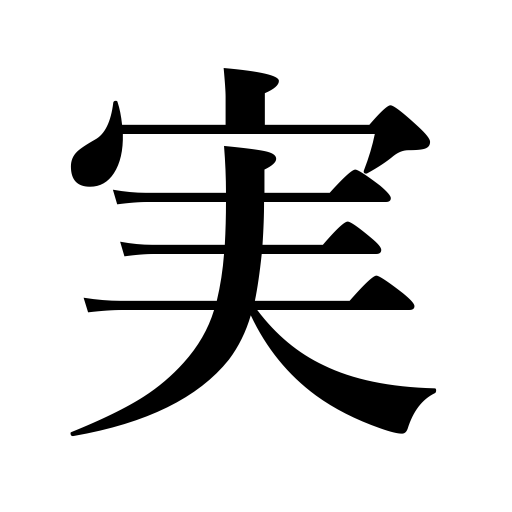
Meanings: kindness,seed,berry,nut,soup stock,essence,faith,sincerity,substance,truth,fruit,ripen,bear fruit,reality,ingredients,fidelity,contents